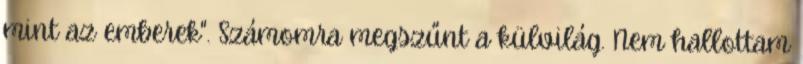
mint az emberek". Számomra megszűnt a külvilág. Nem hallottam